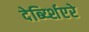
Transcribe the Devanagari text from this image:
देर्ब्य्शिएरे